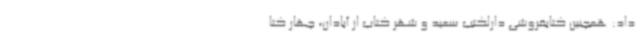
داد: همچنین کتابفروشی دارلکتب سعید و شهر کتاب از آبادان، چهار کتا